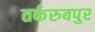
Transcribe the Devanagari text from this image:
तर्करुबपुर